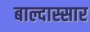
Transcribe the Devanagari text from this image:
बाल्दास्सार